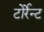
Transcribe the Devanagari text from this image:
टोर्रेन्ट